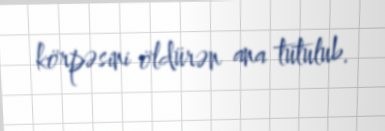
körpəsini öldürən ana tutulub.